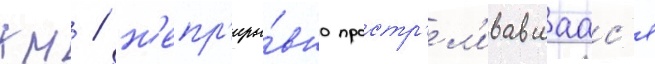
км / н'епр'еры́вно простр'ел'ивавшаас'я